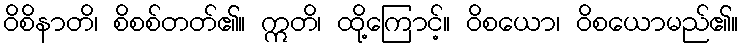
ဝိစိနာတိ၊ စိစစ်တတ်၏။ ဣတိ၊ ထို့ကြောင့်။ ဝိစယော၊ ဝိစယောမည်၏။